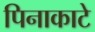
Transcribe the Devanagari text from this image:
पिनाकाटे